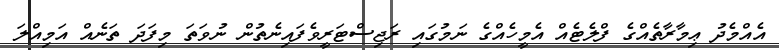
އެއްމެދު ޢިމާރާތެއްގެ ފްލެޓެއް އެމީހެއްގެ ނަމުގައި ރަޖިސްޓަރީވެފައިނެތުން ނުވަތަ މިފަދަ ތަނެއް އަމިއްލަ